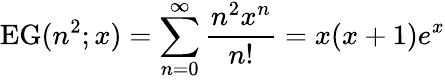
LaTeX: \operatorname{EG}(n^{2};x)=\sum_{n=0}^{\infty}{\frac{n^{2}x^{n}}{n!}}=x(x+1)e^{x}